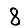
Digit: 8